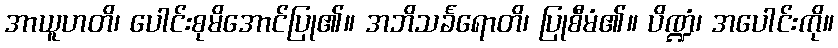
အာယူဟတိ၊ ပေါင်းစုမိအောင်ပြု၏။ အဘိသင်္ခရောတိ၊ ပြုစီမံ၏။ ပိဏ္ဍံ၊ အပေါင်းကို။